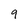
Character: 9